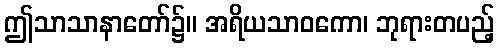
ဤသာသာနာတော်၌။ အရိယသာဝကော၊ ဘုရားတပည့်